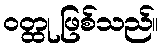
ဝတ္ထု ဖြစ်သည်။